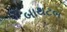
બાથટબ